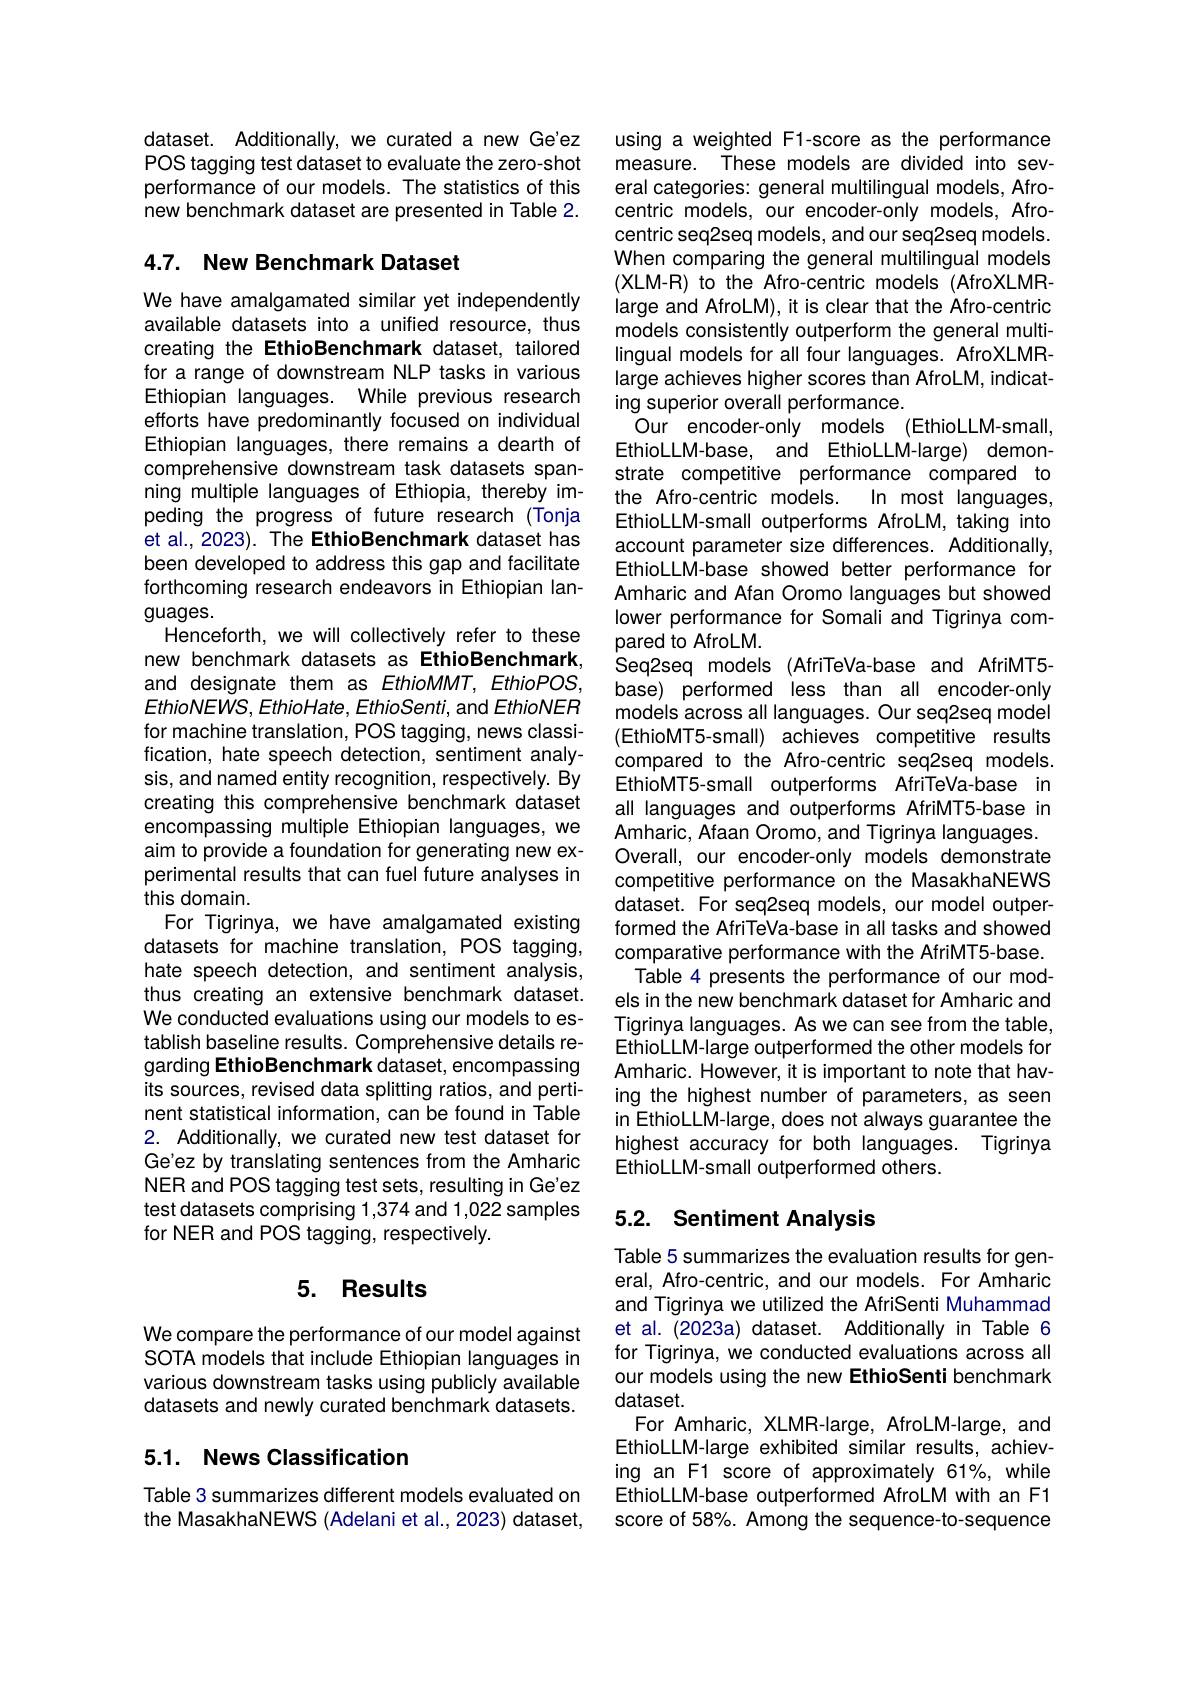
dataset. Additionally, we curated a new Ge'ez POS tagging test dataset to evaluate the zero-shot performance of our models. The statistics of this new benchmark dataset are presented in Table 2.

## 4.7. New Benchmark Dataset

We have amalgamated similar yet independently available datasets into a unified resource, thus creating the EthioBenchmark dataset, tailored for a range of downstream NLP tasks in various Ethiopian languages. While previous research efforts have predominantly focused on individual Ethiopian languages, there remains a dearth of comprehensive downstream task datasets spanning multiple languages of Ethiopia, thereby impeding the progress of future research (Tonja et al., 2023). The EthioBenchmark dataset has been developed to address this gap and facilitate forthcoming research endeavors in Ethiopian languages.
Henceforth, we will collectively refer to these new benchmark datasets as EthioBenchmark, and designate them as EthioMMT, EthioPOS, $EthioNEWS,EthioHate,EthioSenti$,and EthioNER for machine translation, POS tagging, news classification, hate speech detection, sentiment analysis, and named entity recognition, respectively. By creating this comprehensive benchmark dataset encompassing multiple Ethiopian languages, we aim to provide a foundation for generating new experimental results that can fuel future analyses in this domain.
For Tigrinya, we have amalgamated existing datasets for machine translation, POS tagging, hate speech detection, and sentiment analysis, thus creating an extensive benchmark dataset. We conducted evaluations using our models to establish baseline results. Comprehensive details regarding EthioBenchmark dataset, encompassing its sources, revised data splitting ratios, and pertinent statistical information, can be found in Table 2. Additionally, we curated new test dataset for Ge'ez by translating sentences from the Amharic NER and POS tagging test sets, resulting in Ge'ez test datasets comprising 1,374 and 1,022 samples for NER and POS tagging, respectively.

### 5. Results

We compare the performance of our model against SOTA models that include Ethiopian languages in various downstream tasks using publicly available datasets and newly curated benchmark datasets.

## 5.1. News Classification

Table 3 summarizes different models evaluated on the MasakhaNEWS (Adelani et al., 2023) dataset,

using a weighted F1-score as the performance measure. These models are divided into several categories: general multilingual models, Afrocentric models, our encoder-only models, Afrocentric seq2seq models, and our seq2seq models. When comparing the general multilingual models (XLM-R) to the Afro-centric models (AfroXLMRlarge and AfroLM), it is clear that the Afro-centric models consistently outperform the general multilingual models for all four languages. AfroXLMRlarge achieves higher scores than AfroLM, indicating superior overall performance.
Our encoder-oniy models (EthioLLM-small, EthioLLM-base, and EthioLLM-large) demonstrate competitive performance compared to the Afro-centric models.
In most languages,
EthioLLM-small outperforms AfroLM, taking into account parameter size differences. Additionally, EthioLLM-base showed better performance for Amharic and Afan Oromo languages but showed lower performance for Somali and Tigrinya compared to AfroLM.
Seq2seq models (AfriTeVa-base and AfriMT5- base) performed less than all encoder-only models across all languages. Our seq2seq model (EthioMT5-small) achieves competitive results compared to the Afro-centric seq2seq models. EthioMT5-small outperforms AfriTeVa-base in all languages and outperforms AfriMT5-base in Amharic, Afaan Oromo, and Tigrinya languages. Overall, our encoder-only models demonstrate competitive performance on the MasakhaNEWS dataset. For seq2seq models, our model outperformed the AfriTeVa-base in all tasks and showed comparative performance with the AfriMT5-base.
Table 4 presents the performance of our models in the new benchmark dataset for Amharic and Tigrinya languages. As we can see from the table, EthioLLM-large outperformed the other models for Amharic. However, it is important to note that having the highest number of parameters, as seen in EthioLLM-large, does not always guarantee the highest accuracy for both languages. Tigrinya EthioLLM-small outperformed others.

## 5.2. Sentiment Analysis

Table 5 summarizes the evaluation results for general, Afro-centric, and our models. For Amharic and Tigrinya we utilized the AfriSenti Muhammad et al. (2023a) dataset. Additionally in Table 6 for Tigrinya, we conducted evaluations across all our models using the new EthioSenti benchmark dataset.
For Amharic, XLMR-large, AfroLM-large, and EthioLLM-large exhibited similar results, achieving an F1 score of approximately 61%, while EthioLLM-base outperformed AfroLM with an F1 score of 58%. Among the sequence-to-sequence